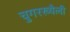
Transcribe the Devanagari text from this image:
चुगरख्यैली